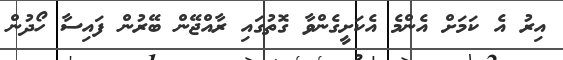
އިރު އެ ކަމަށް އެންމެ އެކަށީގެންވާ ގޮތުގައި ރާއްޖޭން ބޭރުން ފައިސާ ހޯދުން